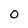
Character: 0